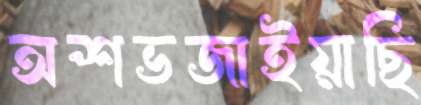
অশভজাইয়াছি